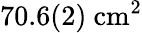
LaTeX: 70.6(2)~\mathrm{cm}^{2}